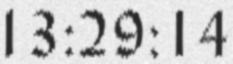
13:29:14